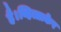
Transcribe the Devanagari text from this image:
है।व्हित्ताकेर